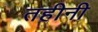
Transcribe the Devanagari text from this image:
तहीनी